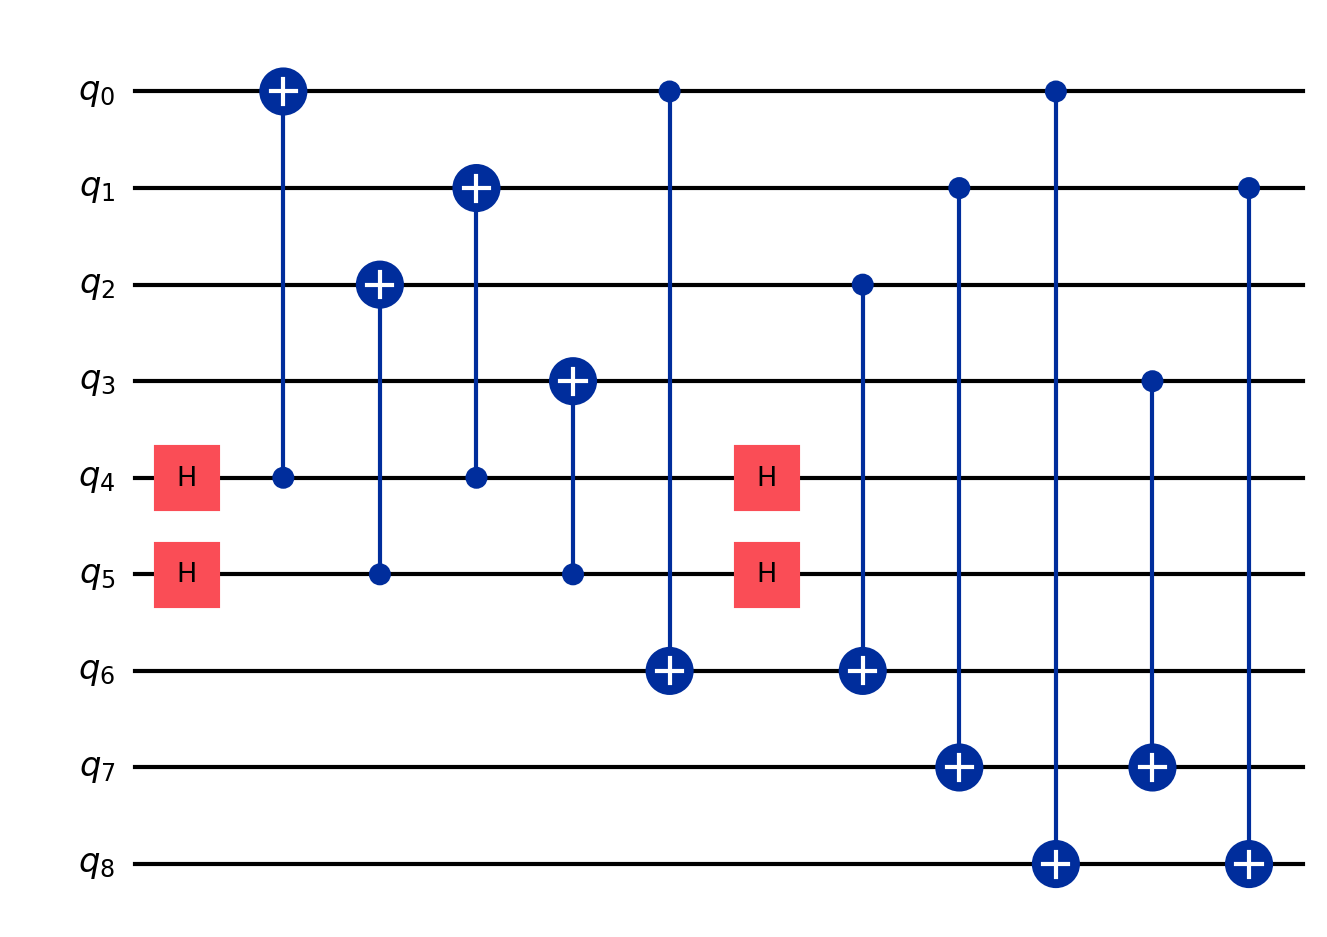
Description: Minimal surface code patch (9 qubits)
描述: 最小表面码补丁（9量子比特）
Category: error_correction (difficulty: advanced)
Qubits: 9, circuit depth: 5

Braket implementation:
from braket.circuits import Circuit
circuit = Circuit()
circuit.h(4).cnot(4, 0).cnot(4, 1).h(4)
circuit.h(5).cnot(5, 2).cnot(5, 3).h(5)
circuit.cnot(0, 6).cnot(2, 6)
circuit.cnot(1, 7).cnot(3, 7)
circuit.cnot(0, 8).cnot(1, 8)

Qiskit implementation:
from qiskit import QuantumCircuit
circuit = QuantumCircuit(9)
circuit.h(4).cx(4, 0).cx(4, 1).h(4)
circuit.h(5).cx(5, 2).cx(5, 3).h(5)
circuit.cx(0, 6).cx(2, 6)
circuit.cx(1, 7).cx(3, 7)
circuit.cx(0, 8).cx(1, 8)